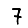
Digit: 7